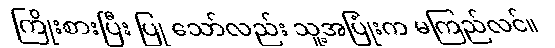
ကြိုးစားပြီး ပြု သော်လည်း သူ့အပြုံးက မကြည်လင်။